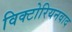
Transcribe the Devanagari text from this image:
विक्टोरियनवाद